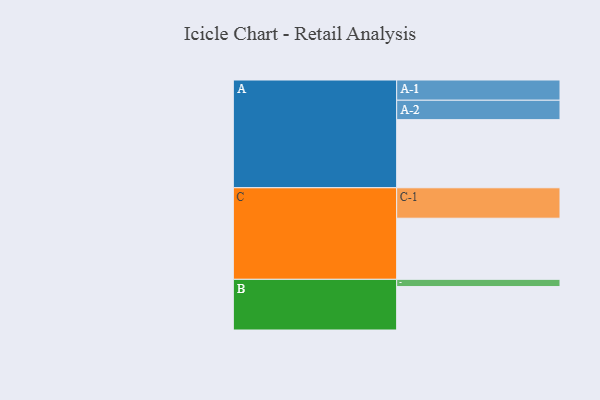
{"axis": {"x": "Segment", "y": "Value"}, "legend": ["", "A", "B", "C"], "data": [{"x": "A", "y": 593, "type": ""}, {"x": "B", "y": 378, "type": ""}, {"x": "C", "y": 532, "type": ""}, {"x": "A-1", "y": 176, "type": "A"}, {"x": "A-2", "y": 169, "type": "A"}, {"x": "B-1", "y": 63, "type": "B"}, {"x": "C-1", "y": 265, "type": "C"}]}